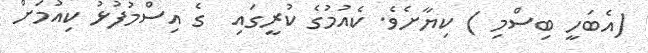
(އެބަހީ ބިސްމި ) ކިޔާށެވެ. ކެއުމުގެ ކުރީގައި  ގެ އިސްމުފުޅު ކިއުމަށް